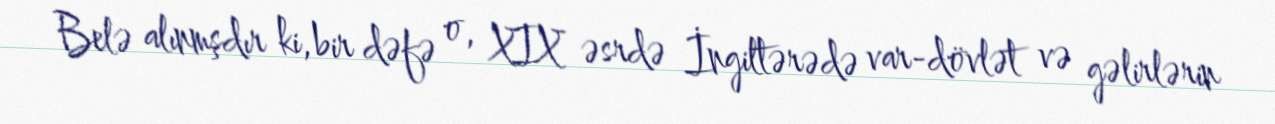
Belə alınmşdır ki, bir dəfə o, XIX əsrdə İngiltərədə var-dövlət və gəlirlərin